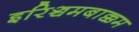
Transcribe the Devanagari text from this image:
इरिञ्चमबाक्कम